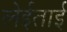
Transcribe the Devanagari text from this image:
लेईताई